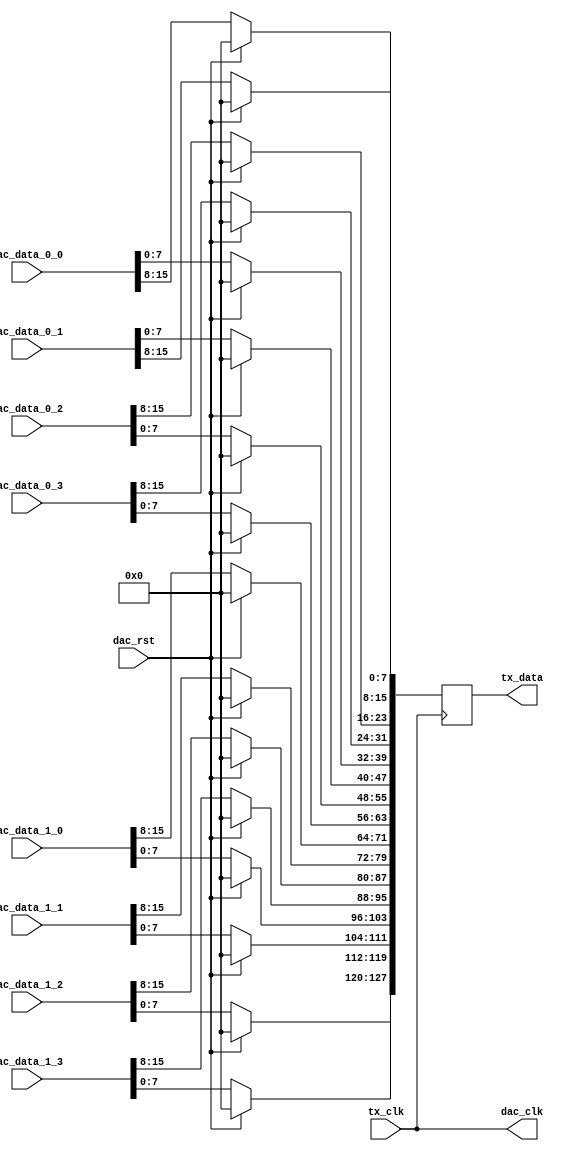
// ***************************************************************************
// ***************************************************************************
// Copyright 2011(c) Analog Devices, Inc.
// 
// All rights reserved.
// 
// Redistribution and use in source and binary forms, with or without modification,
// are permitted provided that the following conditions are met:
//     - Redistributions of source code must retain the above copyright
//       notice, this list of conditions and the following disclaimer.
//     - Redistributions in binary form must reproduce the above copyright
//       notice, this list of conditions and the following disclaimer in
//       the documentation and/or other materials provided with the
//       distribution.
//     - Neither the name of Analog Devices, Inc. nor the names of its
//       contributors may be used to endorse or promote products derived
//       from this software without specific prior written permission.
//     - The use of this software may or may not infringe the patent rights
//       of one or more patent holders.  This license does not release you
//       from the requirement that you obtain separate licenses from these
//       patent holders to use this software.
//     - Use of the software either in source or binary form, must be run
//       on or directly connected to an Analog Devices Inc. component.
//    
// THIS SOFTWARE IS PROVIDED BY ANALOG DEVICES "AS IS" AND ANY EXPRESS OR IMPLIED WARRANTIES,
// INCLUDING, BUT NOT LIMITED TO, NON-INFRINGEMENT, MERCHANTABILITY AND FITNESS FOR A
// PARTICULAR PURPOSE ARE DISCLAIMED.
//
// IN NO EVENT SHALL ANALOG DEVICES BE LIABLE FOR ANY DIRECT, INDIRECT, INCIDENTAL, SPECIAL,
// EXEMPLARY, OR CONSEQUENTIAL DAMAGES (INCLUDING, BUT NOT LIMITED TO, INTELLECTUAL PROPERTY
// RIGHTS, PROCUREMENT OF SUBSTITUTE GOODS OR SERVICES; LOSS OF USE, DATA, OR PROFITS; OR 
// BUSINESS INTERRUPTION) HOWEVER CAUSED AND ON ANY THEORY OF LIABILITY, WHETHER IN CONTRACT,
// STRICT LIABILITY, OR TORT (INCLUDING NEGLIGENCE OR OTHERWISE) ARISING IN ANY WAY OUT OF 
// THE USE OF THIS SOFTWARE, EVEN IF ADVISED OF THE POSSIBILITY OF SUCH DAMAGE.
// ***************************************************************************
// ***************************************************************************
// ***************************************************************************
// ***************************************************************************
// This is the dac physical interface (drives samples from the low speed clock to the
// dac clock domain.

`timescale 1ns/100ps

module axi_ad9152_if #(

  // altera (0x1) or xilinx (0x0)

  parameter DEVICE_TYPE = 0)(

  // jesd interface
  // tx_clk is (line-rate/40)

  input                tx_clk,
  output reg  [127:0]  tx_data,

  // dac interface

  output               dac_clk,
  input                dac_rst,
  input       [15:0]   dac_data_0_0,
  input       [15:0]   dac_data_0_1,
  input       [15:0]   dac_data_0_2,
  input       [15:0]   dac_data_0_3,
  input       [15:0]   dac_data_1_0,
  input       [15:0]   dac_data_1_1,
  input       [15:0]   dac_data_1_2,
  input       [15:0]   dac_data_1_3);

  // reorder data for the jesd links

  assign dac_clk = tx_clk;

  always @(posedge dac_clk) begin
    if (dac_rst == 1'b1) begin
      tx_data <= 128'd0;
    end else begin
      tx_data[127:120] <= (DEVICE_TYPE == 1) ? dac_data_1_0[ 7: 0] : dac_data_1_3[ 7: 0];
      tx_data[119:112] <= (DEVICE_TYPE == 1) ? dac_data_1_1[ 7: 0] : dac_data_1_2[ 7: 0];
      tx_data[111:104] <= (DEVICE_TYPE == 1) ? dac_data_1_2[ 7: 0] : dac_data_1_1[ 7: 0];
      tx_data[103: 96] <= (DEVICE_TYPE == 1) ? dac_data_1_3[ 7: 0] : dac_data_1_0[ 7: 0];
      tx_data[ 95: 88] <= (DEVICE_TYPE == 1) ? dac_data_1_0[15: 8] : dac_data_1_3[15: 8];
      tx_data[ 87: 80] <= (DEVICE_TYPE == 1) ? dac_data_1_1[15: 8] : dac_data_1_2[15: 8];
      tx_data[ 79: 72] <= (DEVICE_TYPE == 1) ? dac_data_1_2[15: 8] : dac_data_1_1[15: 8];
      tx_data[ 71: 64] <= (DEVICE_TYPE == 1) ? dac_data_1_3[15: 8] : dac_data_1_0[15: 8];
      tx_data[ 63: 56] <= (DEVICE_TYPE == 1) ? dac_data_0_0[ 7: 0] : dac_data_0_3[ 7: 0];
      tx_data[ 55: 48] <= (DEVICE_TYPE == 1) ? dac_data_0_1[ 7: 0] : dac_data_0_2[ 7: 0];
      tx_data[ 47: 40] <= (DEVICE_TYPE == 1) ? dac_data_0_2[ 7: 0] : dac_data_0_1[ 7: 0];
      tx_data[ 39: 32] <= (DEVICE_TYPE == 1) ? dac_data_0_3[ 7: 0] : dac_data_0_0[ 7: 0];
      tx_data[ 31: 24] <= (DEVICE_TYPE == 1) ? dac_data_0_0[15: 8] : dac_data_0_3[15: 8];
      tx_data[ 23: 16] <= (DEVICE_TYPE == 1) ? dac_data_0_1[15: 8] : dac_data_0_2[15: 8];
      tx_data[ 15:  8] <= (DEVICE_TYPE == 1) ? dac_data_0_2[15: 8] : dac_data_0_1[15: 8];
      tx_data[  7:  0] <= (DEVICE_TYPE == 1) ? dac_data_0_3[15: 8] : dac_data_0_0[15: 8];
    end
  end

endmodule

// ***************************************************************************
// ***************************************************************************